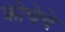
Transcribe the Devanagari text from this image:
क्रोचेचे